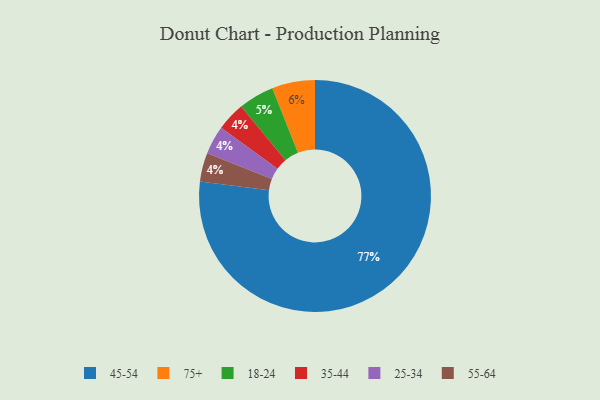
{"axis": {"x": "Category", "y": "Percentage"}, "legend": ["18-24", "25-34", "35-44", "45-54", "55-64", "75+"], "data": [{"x": "35-44", "y": 4, "type": "35-44"}, {"x": "25-34", "y": 4, "type": "25-34"}, {"x": "18-24", "y": 5, "type": "18-24"}, {"x": "45-54", "y": 77, "type": "45-54"}, {"x": "75+", "y": 6, "type": "75+"}, {"x": "55-64", "y": 4, "type": "55-64"}]}